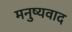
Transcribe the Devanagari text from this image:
मनुष्यवाद